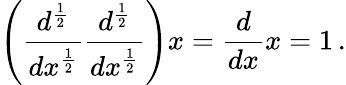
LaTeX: \left({\frac{d^{\frac{1}{2}}}{dx^{\frac{1}{2}}}}{\frac{d^{\frac{1}{2}}}{dx^{\frac{1}{2}}}}\right)x={\frac{d}{dx}}x=1\, .